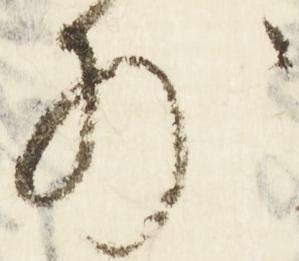
外